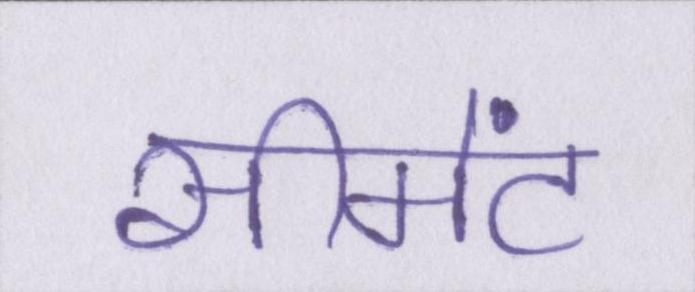
सीमेंट